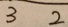
3 \overline { 2 }